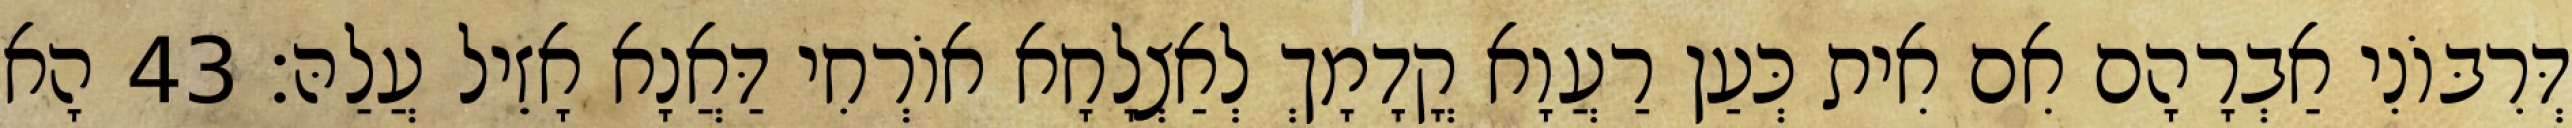
דְּרִבּוֹנִי אַבְרָהָם אִם אִית כְּעַן רַעֲוָא קֳדָמָךְ לְאַצְלָחָא אוֹרְחִי דַּאֲנָא אָזֵיל עֲלַהּ׃ 43 הָא